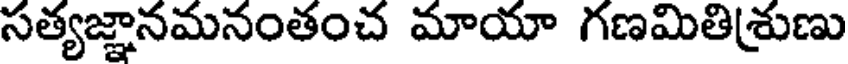
సత్యజ్ఞానమనంతంచ మాయా గణమితిశ్రుణు